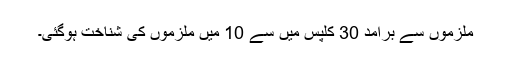
ملزموں سے برآمد 30 کلپس میں سے 10 میں ملزموں کی شناخت ہوگئی۔